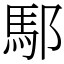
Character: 䣕